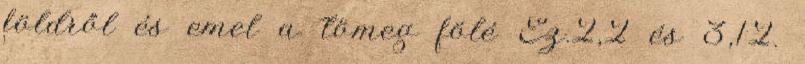
földről és emel a tömeg fölé Ez.2,2 és 3,12.